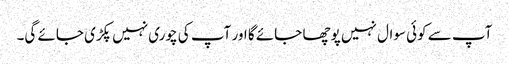
آپ سے کوئی سوال نہیں پوچھا جائے گا اور آپ کی چوری نہیں پکڑی جائے گی۔